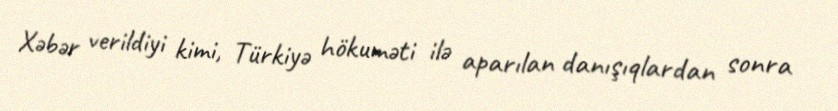
Xəbər verildiyi kimi, Türkiyə hökuməti ilə aparılan danışıqlardan sonra